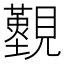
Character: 𧢚